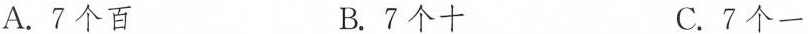
A.7个百 B.7个十 C.7个一